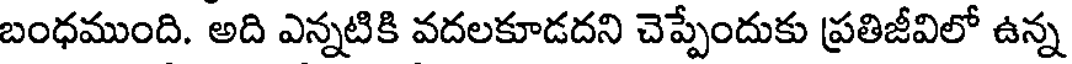
బంధముంది. అది ఎన్నటికి వదలకూడదని చెప్పేందుకు ప్రతిజీవిలో ఉన్న